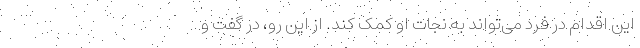
این اقدام در فرد می‌تواند به نجات او کمک کند. از این رو، در گفت و